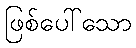
ဖြစ်ပေါ်သော